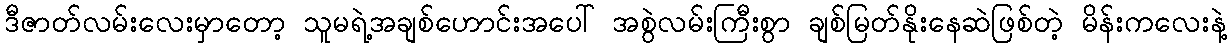
ဒီဇာတ်လမ်းလေးမှာတော့ သူမရဲ့အချစ်ဟောင်းအပေါ် အစွဲလမ်းကြီးစွာ ချစ်မြတ်နိုးနေဆဲဖြစ်တဲ့ မိန်းကလေးနဲ့